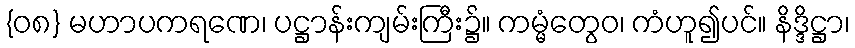
{၀၈} မဟာပကရဏေ၊ ပဋ္ဌာန်းကျမ်းကြီး၌။ ကမ္မံတွေဝ၊ ကံဟူ၍ပင်။ နိဒ္ဒိဋ္ဌာ၊